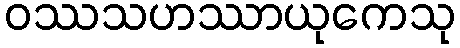
ဝဿသဟဿာယုကေသု